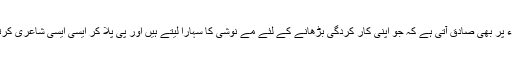
ہم سمجھتے ہیں کہ بعینہ یہی بات ایسے شعراء پر بھی صادق آتی ہے کہ جو اپنی کار کردگی بڑھانے کے لئے مے نوشی کا سہارا لیتے ہیں اور پی پلا کر ایسی ایسی شاعری کرتے ہیں کہ پڑھنے سننے والے دنگ رہ جائیں۔